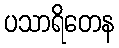
ပသာရိတေန